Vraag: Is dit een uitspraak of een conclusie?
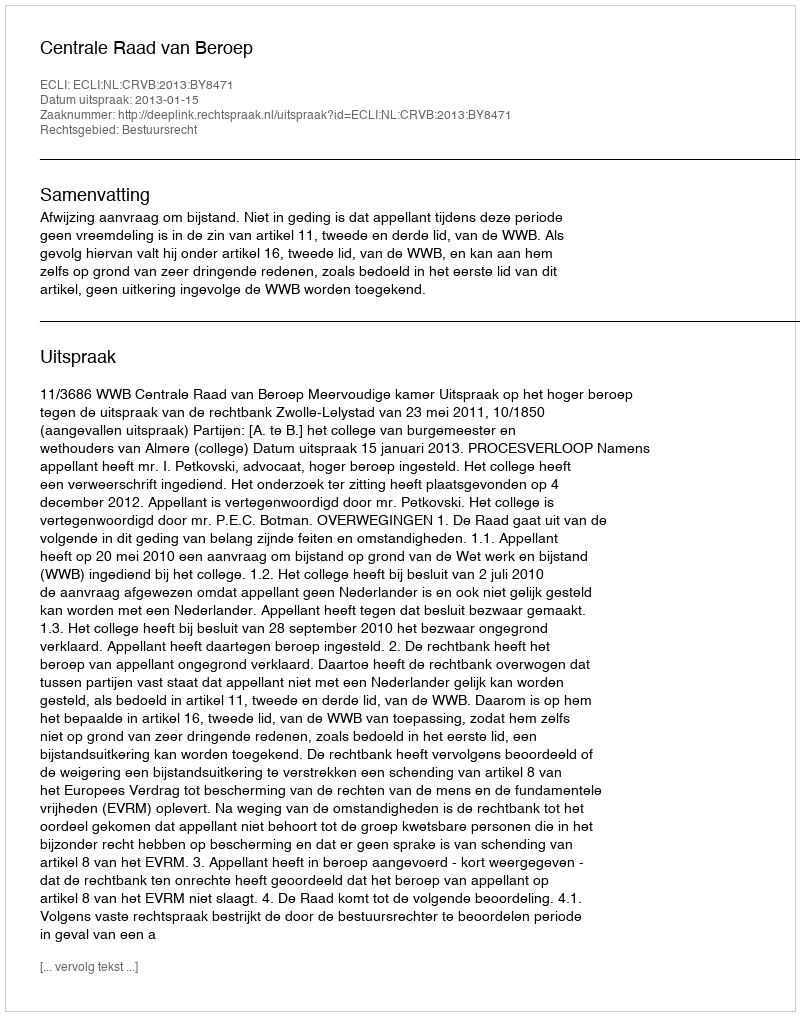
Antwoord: Uitspraak